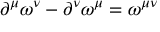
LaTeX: \partial ^ { \mu } \omega ^ { \nu } - \partial ^ { \nu } \omega ^ { \mu } = \omega ^ { \mu \nu }